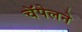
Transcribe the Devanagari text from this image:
चॅपेलने